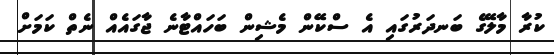
ކުރާ މާލޭގެ ބަނދަރުގައި އެ ސްކޭން މެޝިން ބަހައްޓާނެ ޖާގައެއް ނެތް ކަމަށް